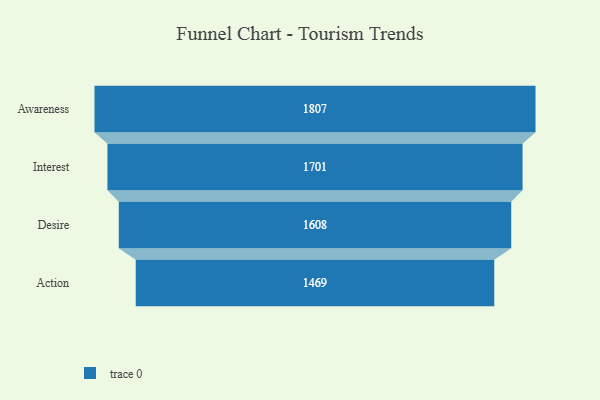
{"axis": {"x": "Stage", "y": "Value"}, "legend": [""], "data": [{"x": "Awareness", "y": 1807.0, "type": ""}, {"x": "Interest", "y": 1701.0, "type": ""}, {"x": "Desire", "y": 1608.0, "type": ""}, {"x": "Action", "y": 1469.0, "type": ""}]}